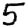
Digit: 5